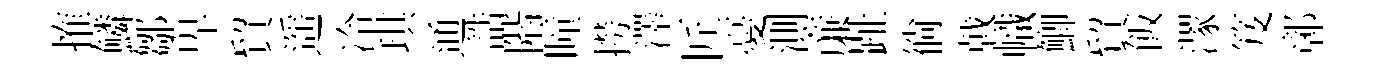
搉鱗鄒卑貿遥冷琪通誥階瞳撈澤匠憂測亷趾徜㦸幟鯽貿飯潈笈鄣